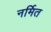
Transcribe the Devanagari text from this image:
नर्मित